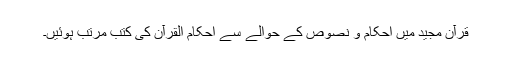
قرآن مجید میں احکام و نصوص کے حوالے سے احکام القرآن کی کتب مرتب ہوئیں۔